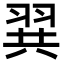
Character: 𮊾